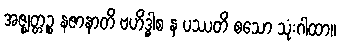
အဇ္ဈတ္တဉ္စ နဇာနာတိ ဗဟိဒ္ဓါစ န ပဿတိ စသော သုံးဂါထာ။